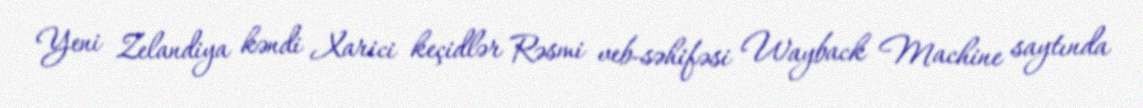
Yeni Zelandiya kəndi Xarici keçidlər Rəsmi veb-səhifəsi Wayback Machine saytında